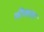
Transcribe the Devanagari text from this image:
मीलता